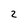
Character: 2